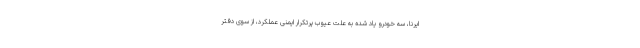
ایرنا، سه خودرو یاد شده به علت عیوب پرتکرار ایمنی عملکرد، از سوی دفتر